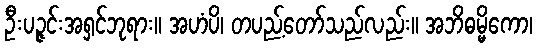
ဦးပဉ္ဇင်းအရှင်ဘုရား။ အဟံပိ၊ တပည့်တော်သည်လည်း။ အဘိဓမ္မိကော၊